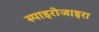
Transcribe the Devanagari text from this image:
स्पाइरोजाइरा